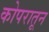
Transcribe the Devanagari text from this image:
कोपरातून